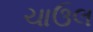
ચાઉલ